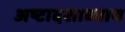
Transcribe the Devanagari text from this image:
अष्टादशाध्याय